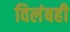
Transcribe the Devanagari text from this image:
विलंबही